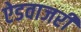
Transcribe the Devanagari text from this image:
ऐडवाजरी